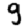
Digit: 9